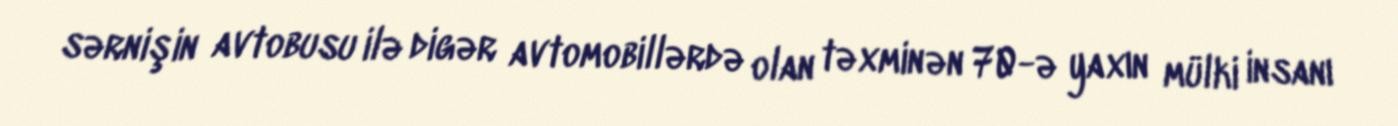
sərnişin avtobusu ilə digər avtomobillərdə olan təxminən 70-ə yaxın mülki insanı